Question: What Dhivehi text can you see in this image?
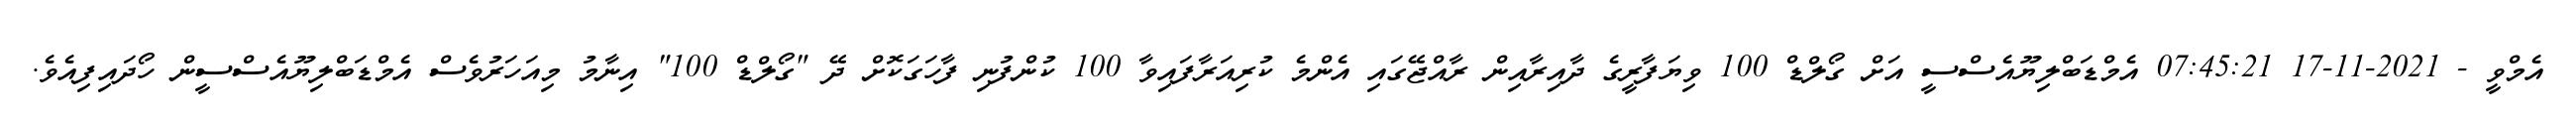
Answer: އެމްވީ - 2021-11-17 07:45:21 އެމްޑަބްލިޔޫއެސްސީ އަށް ގޯލްޑް 100 ވިޔަފާރީގެ ދާއިރާއިން ރާއްޖޭގައި އެންމެ ކުރިއަރާފައިވާ 100 ކުންފުނި ފާހަގަކޮށް ދޭ "ގޯލްޑް 100" އިނާމު މިއަހަރުވެސް އެމްޑަބްލިޔޫއެސްސީން ހޯދައިފިއެވެ.